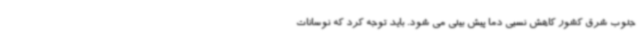
جنوب شرق کشور کاهش نسبی دما پیش بینی می شود. باید توجه کرد که نوسانات